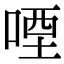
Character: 㖶